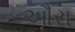
ઔરા